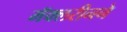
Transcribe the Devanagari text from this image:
मॅक्लरीनने